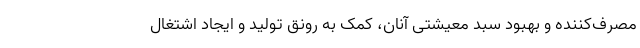
مصرف‌کننده و بهبود سبد معیشتی آنان، کمک به رونق تولید و ایجاد اشتغال